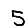
Digit: 5